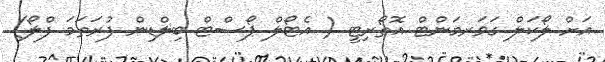
އަށް ލޯކަލް ގަވަރމަންޓް އޮތޯރިޓީ ( އެޓޯލް ޕޯސްޓް ބިލްޑިން ފުރަތަމަ ފްލޯ)